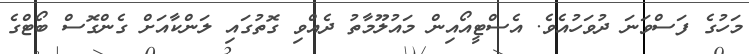
މަހުގެ ފަސްވަނަ ދުވަހުއެވެ. އެސްޓީއޯއިން މައުލޫމާތު ދެއްވި ގޮތުގައި ލަންކާއަށް ގެންގޮސް ބޯޓްގެ